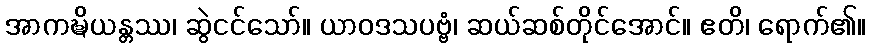
အာကဍ္ဎိယန္တဿ၊ ဆွဲငင်သော်။ ယာဝဒသပဗ္ဗံ၊ ဆယ်ဆစ်တိုင်အောင်။ ဧတိ၊ ရောက်၏။